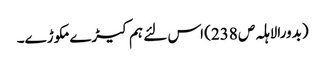
(بدورالاہلہ ص 238) اس لئے ہم کیڑے مکوڑے۔